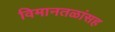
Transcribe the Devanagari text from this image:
विमानतळांसह